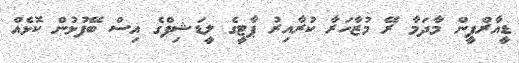
ޑީއާރްޕީން މާދަމާ ރޭ މުޒާހަރާ ކުރާއިރު ޕާޓީގެ ލީޑަޝިޕްގެ އިސް ބޭފުޅުން ކޮޅެއް